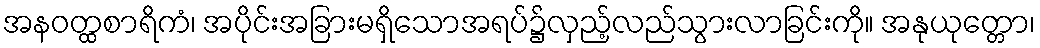
အနဝတ္ထစာရိကံ၊ အပိုင်းအခြားမရှိသောအရပ်၌လှည့်လည်သွားလာခြင်းကို။ အနုယုတ္တော၊